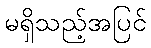
မရှိသည့်အပြင်